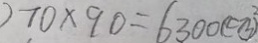
) 7 0 \times 9 0 = 6 3 0 0 ( c m ^ { 2 } )